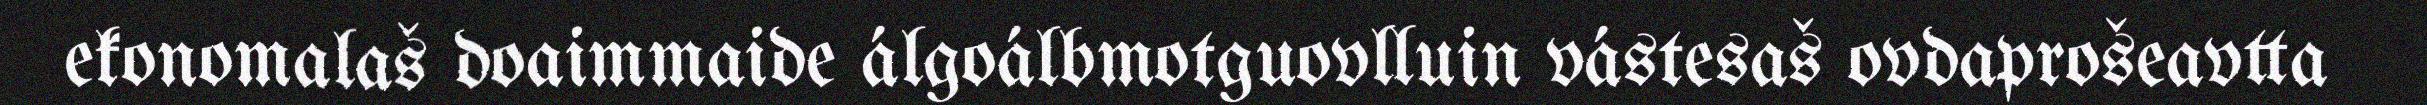
ekonomalaš doaimmaide álgoálbmotguovlluin vástesaš ovdaprošeavtta